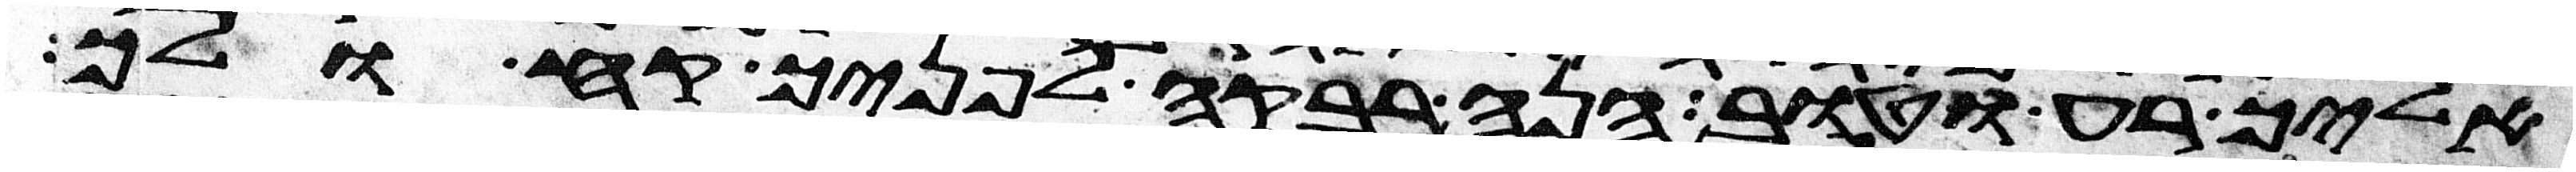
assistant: אליך רע וטוב הנה רבקה לפניך קח ולך